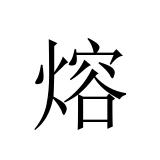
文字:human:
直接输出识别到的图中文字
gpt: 熔